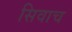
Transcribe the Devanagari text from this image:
सिवाच